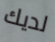
لديك